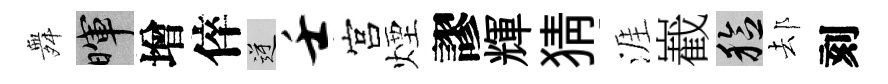
舞暉增倅逆壬宫煙謬輝猜涯嶻稔𨚫刻